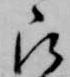
被